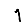
Digit: 1